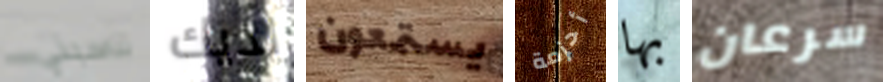
تناسبني لديك يستمعون أحزمة بها سرعان